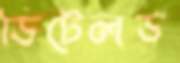
ডিটেলড